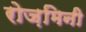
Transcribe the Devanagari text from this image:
रोज़मिनी